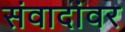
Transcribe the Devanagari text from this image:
संवादांवर